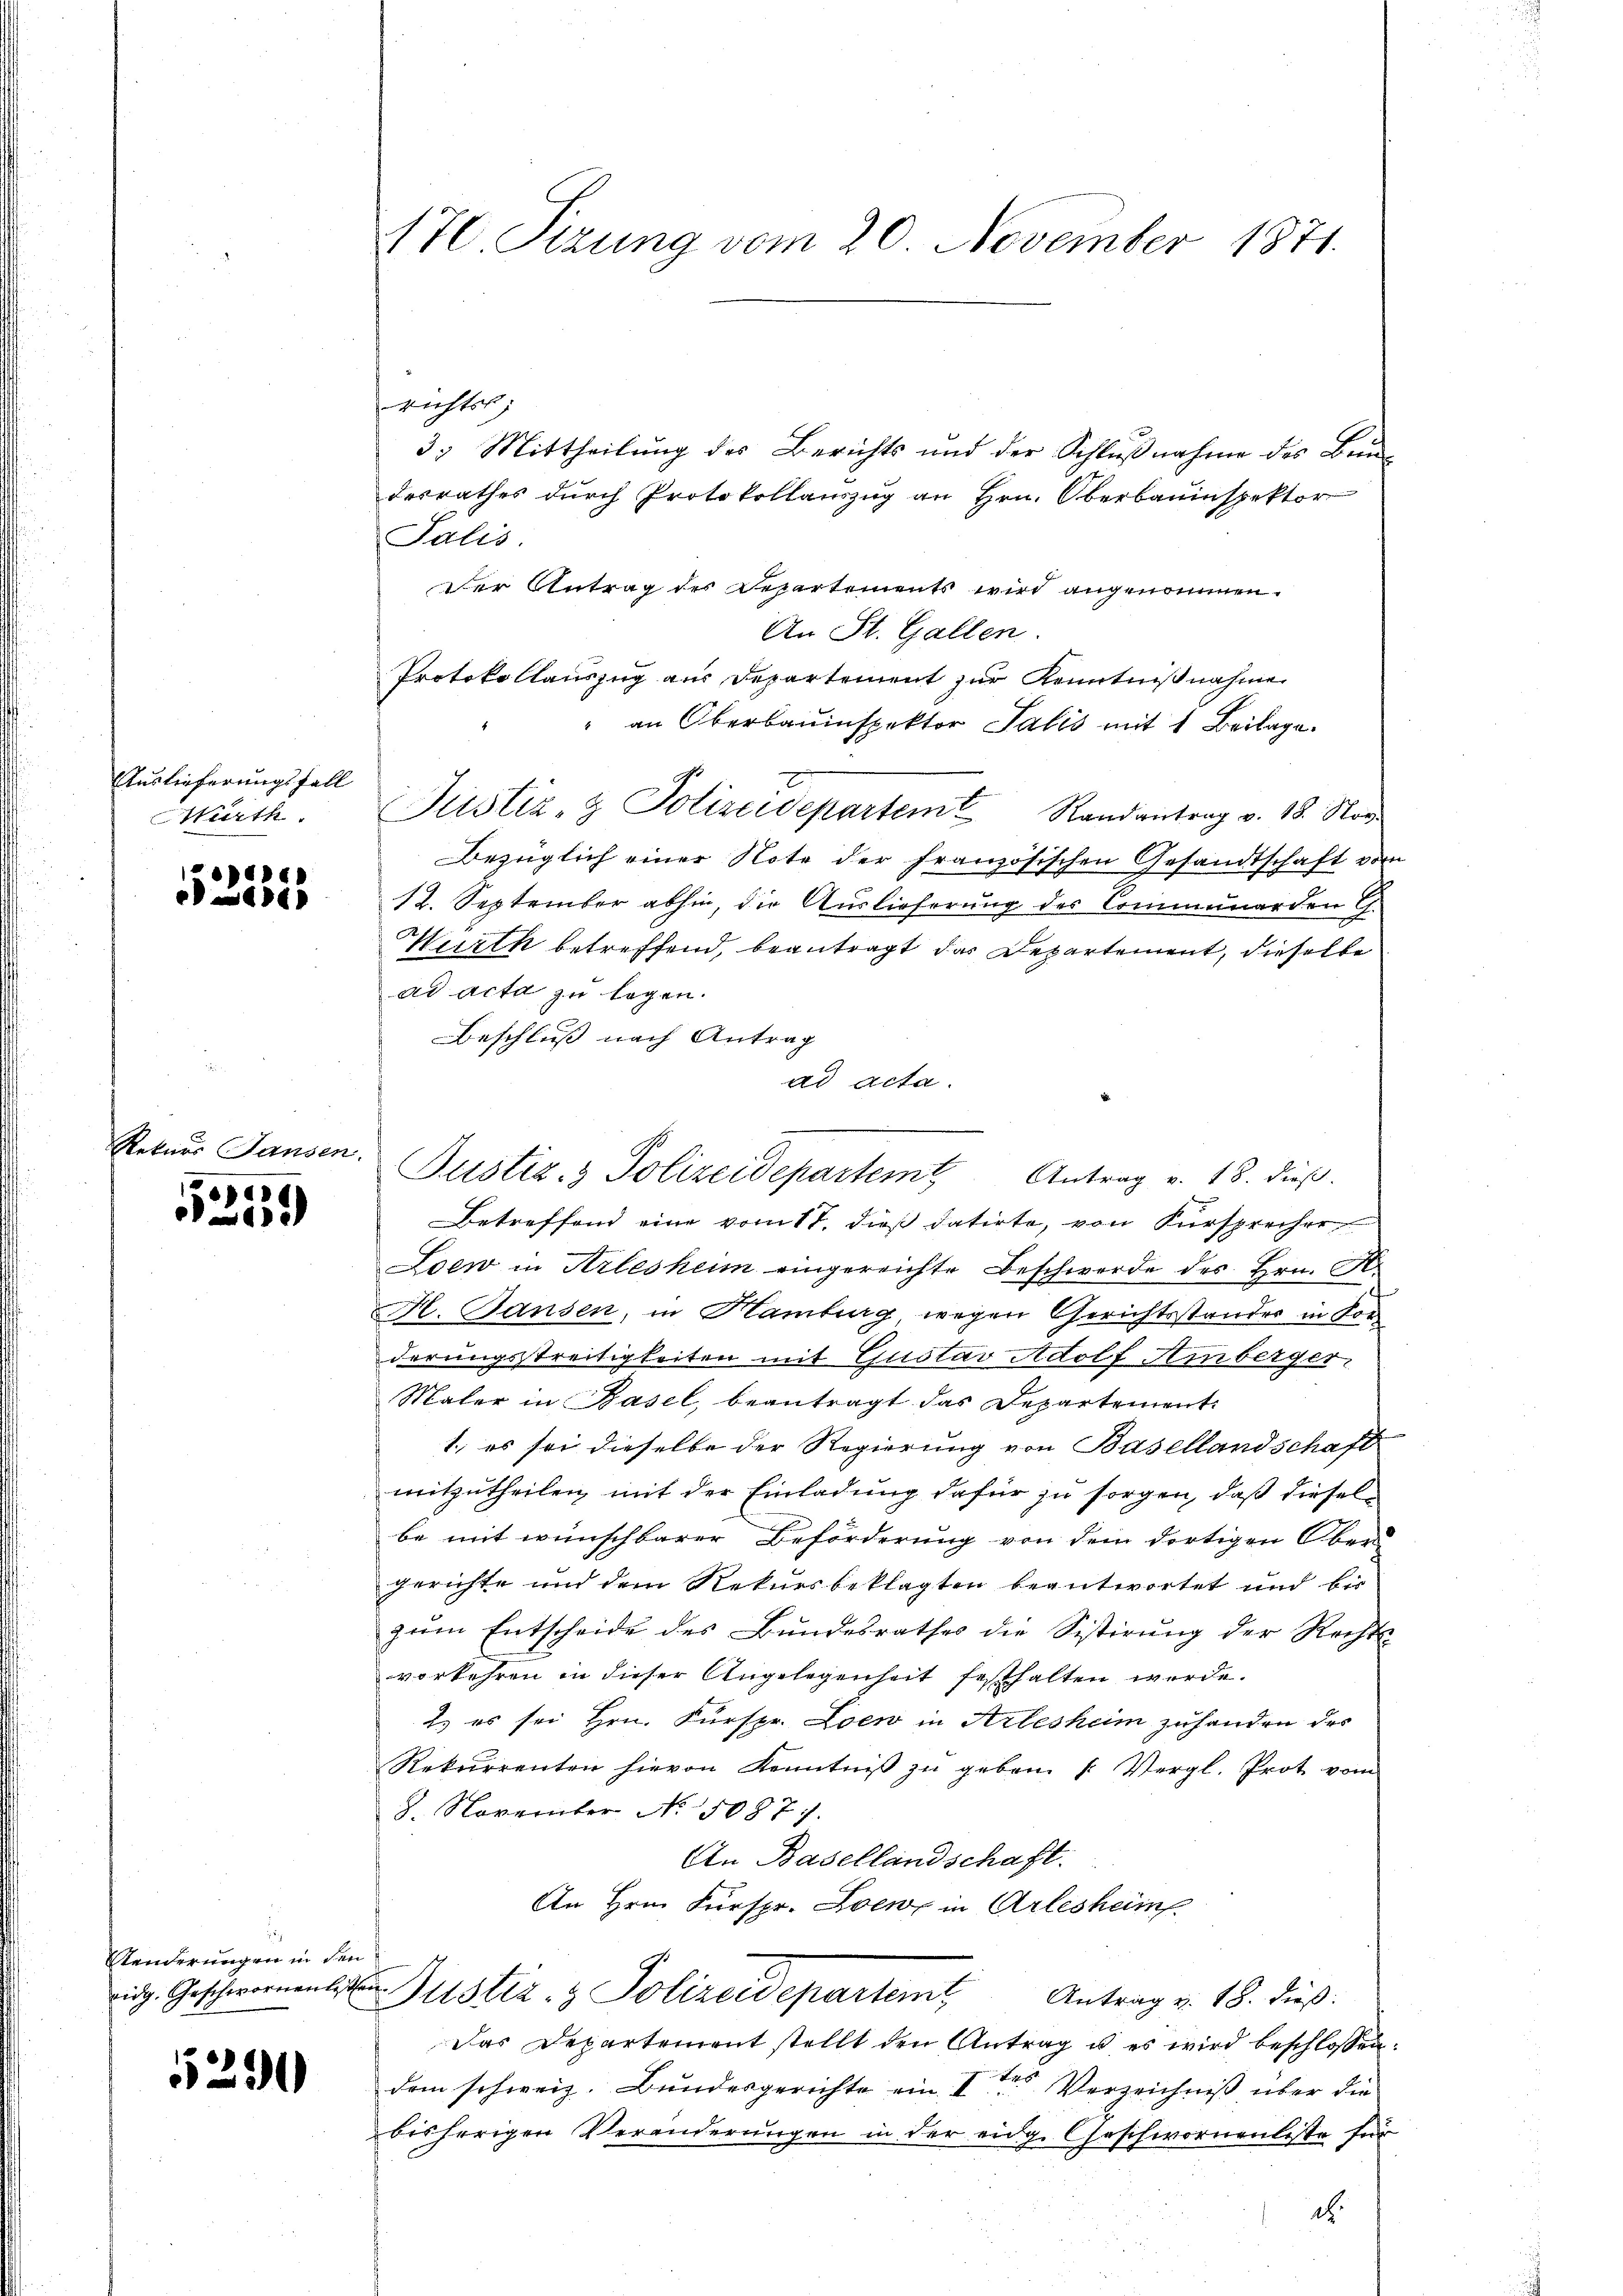
Auslieferungsfall
Würth.

e
96)

Rekurs Jansen

6
62)

Standerungen in den
idg. Geschwornenbesten

5291

T Sizung vom 20. November 1871.

Justiz- & Polizeidepartem Antrag v. 18. dieß.

richts
3. Mittheilung des Berichts und der Schlußnahme des Bundesrathes durch Protokollauszug an Hrn. Oberbauinspektor
Salis
der Antrag des Departements wird angenommen.
An St. Gallen
Protokollauszug aus Departement zur Kenntnißnahme
" an Oberbauinspektor Salis mit 1 Beilage.
Justiz- & Polizeidepartem Randantrag v. 18. Nov.
Bezüglich einer Note der französischen Gesandtschaft vor
12. September abhin, die Auslieferung des Communerden G.
Wirth betreffend, beantragt das Departement, dieselbe
ad acta zu legen.
Beschluß nach Antrag
ad acta.
Betreffend eine vom 17. dieß datirte, von Fürsprecher
Loew in Arlesheim eingereichte Beschwerde des Hrn. M
H. Gansen, in Hamburg wegen Gerichtsstandes in For
derungstreitigkeiten mit Gustav Adolf Amberger,
Maler in Basel, beantragt das Departement
1. es sei dieselbe der Regierung von Basellandschaft
mitzutheilen mit der Einladung dafür zu sorgen, daß diesel-
be mit wünschbarer Beförderung von dem dortigen Ober-
gerichte und dem Rekursbeklagten beantwortet und bis
zum Entscheide des Bundesrathes die Sistirung der Rechts-
vorkehren in dieser Angelegenheit festhalten werde.
2. es sei Hrn. Fürspr. Loew in Arlesheim zuhanden des
Rekurrenten hievon Kenntniβ zŭ geben. " Vergl. Prot vom
8. November No. 50877.
An Basellandschaft.
An Hrn. Fürspr. Loew in Arlesheim
Justiz- & Polizeidepartemt
Antrag v. 18. dieß:
Das Departement stellt den Antrag u. es wird beschlossen.
dem schweiz. Bundesgerichte ein It Verzeichniß über die
bisherigen Veränderungen in der eidg. Geschwornenliste für